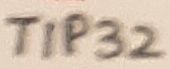
Text: TIP32